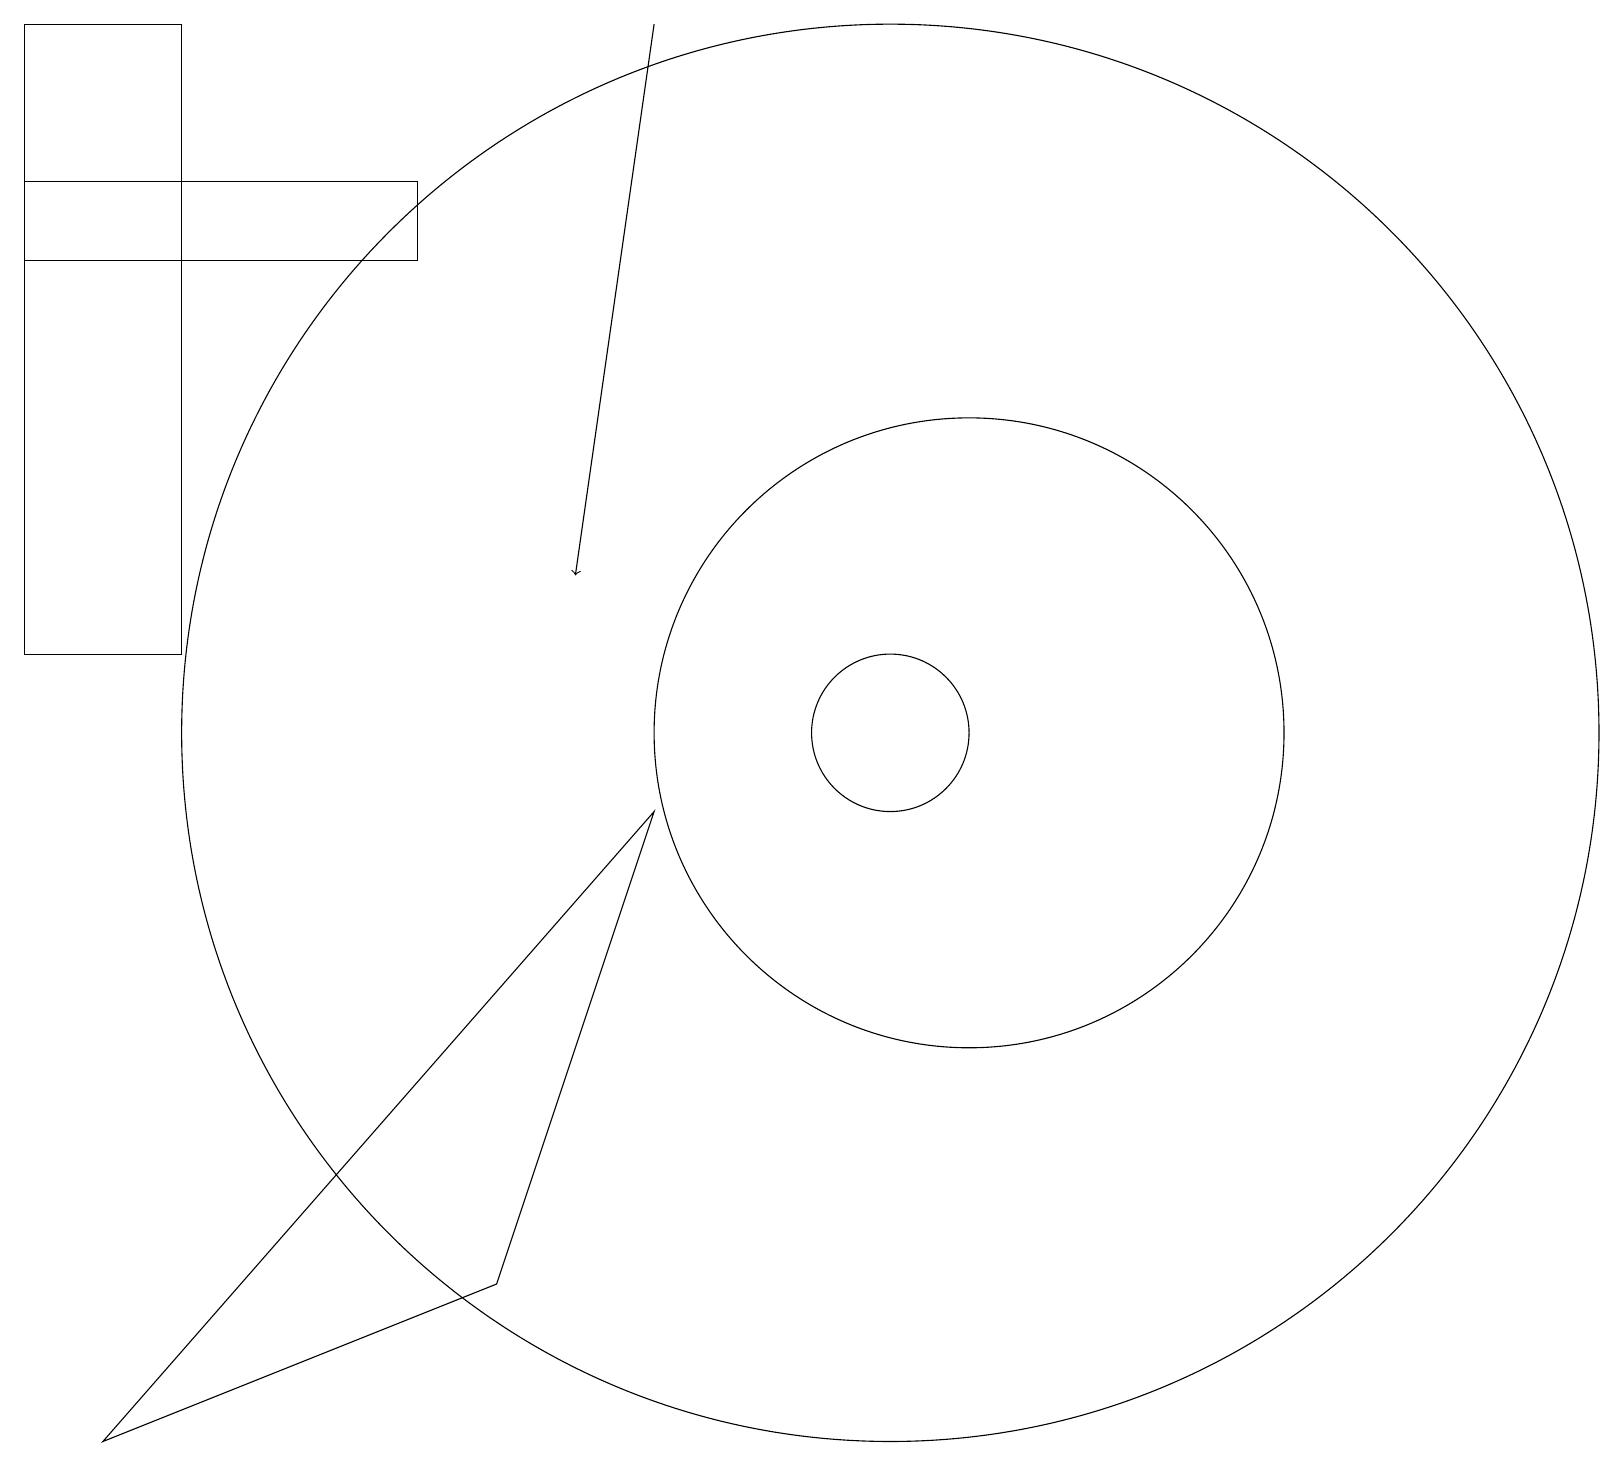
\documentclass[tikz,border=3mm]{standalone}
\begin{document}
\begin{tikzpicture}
\draw (11,10) circle (9);
\draw (6,3) -- (8,9) -- (1,1) -- cycle;
\draw (0,16) rectangle (5,17);
\draw[->] (8,19) -- (7,12);
\draw (11,10) circle (1);
\draw (12,10) circle (4);
\draw (2,19) rectangle (0,11);
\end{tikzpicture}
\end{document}